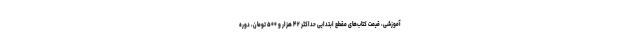
آموزشی، قیمت کتاب‌های مقطع ابتدایی حداکثر ۴۲ هزار و ۵۰۰ تومان، دوره